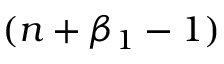
( n + \beta _ { 1 } - 1 )